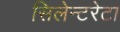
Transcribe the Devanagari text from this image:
सिलेन्टरेटा